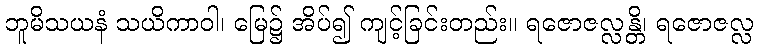
ဘူမိသယနံ သယိကာဝါ၊ မြေ၌ အိပ်၍ ကျင့်ခြင်းတည်း။ ရဇောဇလ္လန္တိ၊ ရဇောဇလ္လ